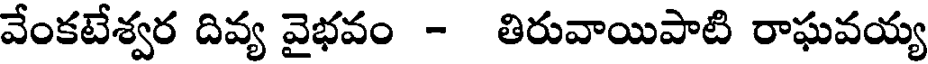
వేంకటేశ్వర దివ్య వైభవం - తిరువాయిపాటి రాఘవయ్య